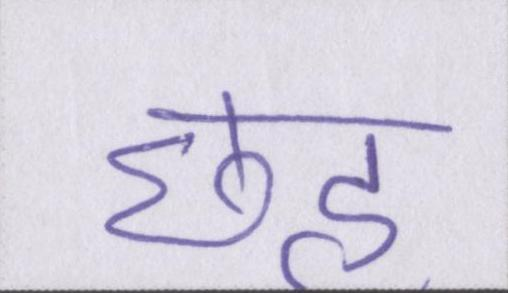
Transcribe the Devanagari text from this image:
छह